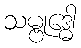
သမ္ဗုဒ္ဓေါ